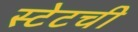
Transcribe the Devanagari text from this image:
स्टेटची